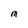
Character: M